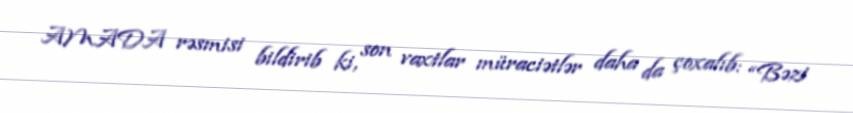
AMADA rəsmisi bildirib ki, son vaxtlar müraciətlər daha da çoxalıb: “Bəzi